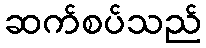
ဆက်စပ်သည်